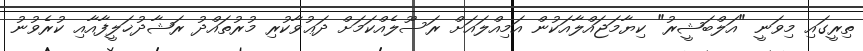
ތިރީގައި މިވަނީ "އަލްބަޝީރު" ކިޔާމަޖައްލާއަކުން އަމިއްލައަށް ރަސޫލެއްކަމަށް ދަޢުވާކުރި މުރުތައްދު ރަޝާދުޚަލީފާއާއި ކުރެވުނު